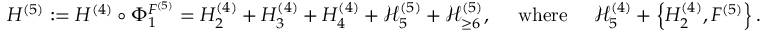
\begin{array} { r } { { H } ^ { ( 5 ) } : = { H } ^ { ( 4 ) } \circ \Phi _ { 1 } ^ { F ^ { ( 5 ) } } = { H } _ { 2 } ^ { ( 4 ) } + { H } _ { 3 } ^ { ( 4 ) } + { H } _ { 4 } ^ { ( 4 ) } + \mathcal { H } _ { 5 } ^ { ( 5 ) } + \mathcal { H } _ { \ge 6 } ^ { ( 5 ) } , \quad \mathrm { ~ w h e r e ~ } \quad \mathcal { H } _ { 5 } ^ { ( 4 ) } + \left\{ { H } _ { 2 } ^ { ( 4 ) } , F ^ { ( 5 ) } \right\} . } \end{array}